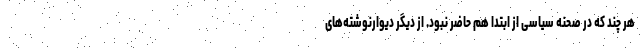
هر چند که در صحنه سیاسی از ابتدا هم حاضر نبود. از دیگر دیوار‌نوشته‌های